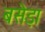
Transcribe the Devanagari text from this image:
बसेड़ा